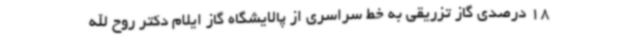
18 درصدی گاز تزریقی به خط سراسری از پالایشگاه گاز ایلام دکتر روح الله